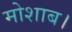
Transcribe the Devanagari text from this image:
मोशाब।